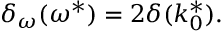
\delta _ { \omega } ( \omega ^ { * } ) = 2 \delta ( k _ { 0 } ^ { * } ) .